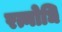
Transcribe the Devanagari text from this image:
रत्नोधि